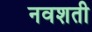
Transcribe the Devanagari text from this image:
नवशती